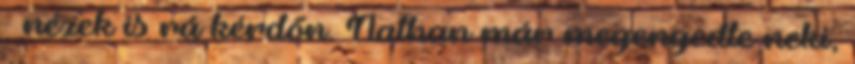
– nézek is rá kérdőn. Nathan már megengedte neki,